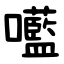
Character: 㘕